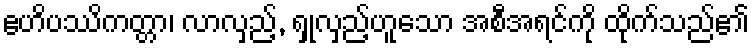
ဧဟိပဿိကတ္တာ၊ လာလှည့်, ရှုလှည့်ဟူသော အစီအရင်ကို ထိုက်သည်၏